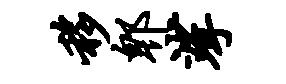
移郫挲